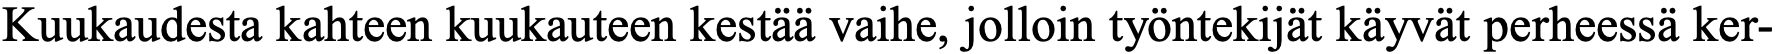
Kuukaudesta kahteen kuukauteen kestää vaihe, jolloin työntekijät käyvät perheessä ker-